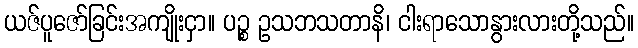
ယဇ်ပူဇော်ခြင်းအကျိုးငှာ။ ပဉ္စ ဥသဘသတာနိ၊ ငါးရာသောနွားလားတို့သည်။